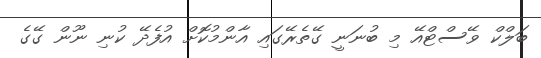
ބަލްކް ވޭސްޓްއޭ މި ބުނަނީ ގޭތެރޭގައި އާންމުކޮށް އުފެދޭ ކުނި ނޫން ގޭގެ